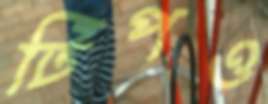
টিপও